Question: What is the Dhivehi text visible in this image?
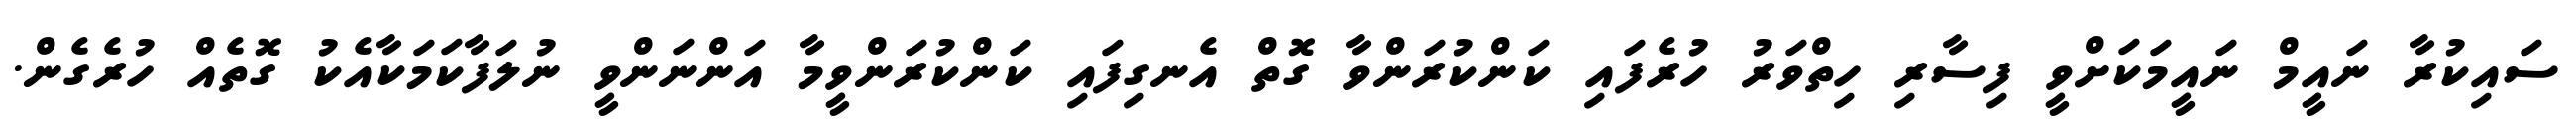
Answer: ސައިކުރާ ނައީމް ނައީމަކަށްވީ ފިސާރި ހިތްވަރު ހުރެފައި ކަންކުރަންވާ ގޮތް އެނގިފައި ކަންކުރަންވީމާ އަންނަންވީ ނުލަފާކަމަކާއެކު ގޮތެއް ހުރެގެން.